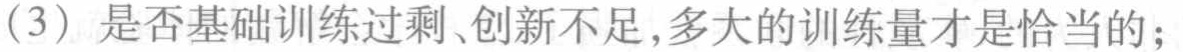
(3) 是否基础训练过剩、创新不足,多大的训练量才是恰当的;